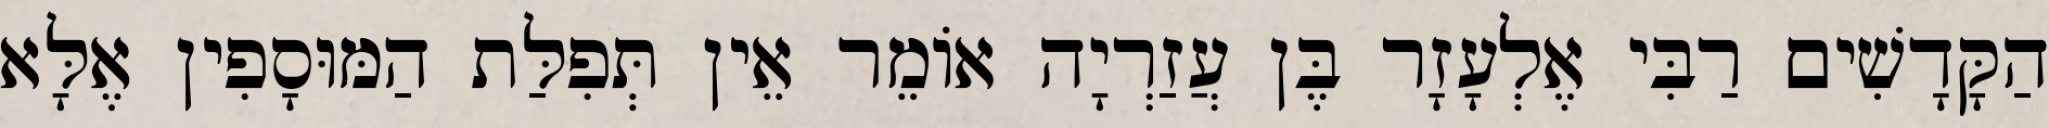
הַקָּדָשִׁים רַבִּי אֶלְעָזָר בֶּן עֲזַרְיָה אוֹמֵר אֵין תְּפִלַּת הַמּוּסָפִין אֶלָּא